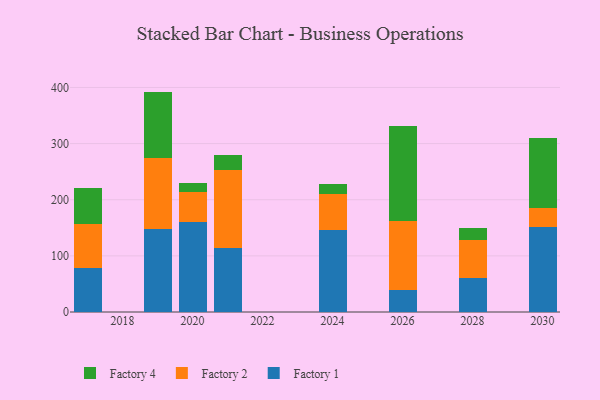
{"axis": {"x": "Year", "y": "Market Share (%)"}, "legend": ["Factory 1", "Factory 2", "Factory 4"], "data": [{"x": "2021", "y": 113.7, "type": "Factory 1"}, {"x": "2021", "y": 139.5, "type": "Factory 2"}, {"x": "2021", "y": 25.6, "type": "Factory 4"}, {"x": "2019", "y": 148.0, "type": "Factory 1"}, {"x": "2019", "y": 125.8, "type": "Factory 2"}, {"x": "2019", "y": 118.8, "type": "Factory 4"}, {"x": "2020", "y": 159.8, "type": "Factory 1"}, {"x": "2020", "y": 53.4, "type": "Factory 2"}, {"x": "2020", "y": 16.1, "type": "Factory 4"}, {"x": "2030", "y": 151.6, "type": "Factory 1"}, {"x": "2030", "y": 33.0, "type": "Factory 2"}, {"x": "2030", "y": 125.2, "type": "Factory 4"}, {"x": "2026", "y": 39.3, "type": "Factory 1"}, {"x": "2026", "y": 123.3, "type": "Factory 2"}, {"x": "2026", "y": 168.0, "type": "Factory 4"}, {"x": "2017", "y": 77.6, "type": "Factory 1"}, {"x": "2017", "y": 79.4, "type": "Factory 2"}, {"x": "2017", "y": 64.4, "type": "Factory 4"}, {"x": "2024", "y": 145.2, "type": "Factory 1"}, {"x": "2024", "y": 64.9, "type": "Factory 2"}, {"x": "2024", "y": 17.7, "type": "Factory 4"}, {"x": "2028", "y": 60.8, "type": "Factory 1"}, {"x": "2028", "y": 67.2, "type": "Factory 2"}, {"x": "2028", "y": 22.1, "type": "Factory 4"}]}